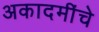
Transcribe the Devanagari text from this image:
अकादमींचे